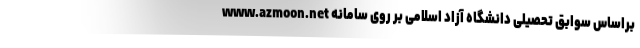
براساس سوابق تحصیلی دانشگاه آزاد اسلامی بر روی سامانه www.azmoon.net